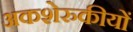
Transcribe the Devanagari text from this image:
अकशेरुकीयों